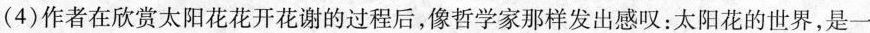
(4)作者在欣赏太阳花花开花谢的过程后，像哲学家那样发出感叹：太阳花的世界，是一